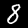
Digit: 8